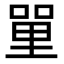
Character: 𠹈